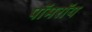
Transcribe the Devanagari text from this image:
पॉमरॉय